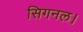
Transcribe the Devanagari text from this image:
सिगनल।